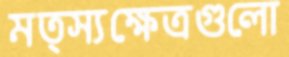
মত্স্যক্ষেত্রগুলো